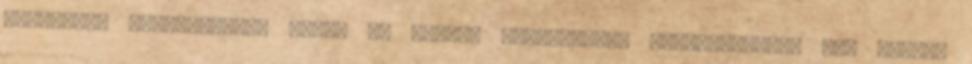
politikai viszonyainak újabb és újabb, nyakatekert szabályozása. Úgy vélem,